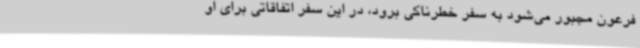
فرعون مجبور می‌شود به سفر خطرناکی برود، در این سفر اتفاقاتی برای او